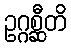
ဥဂ္ဂစ္ဆီတိ